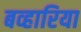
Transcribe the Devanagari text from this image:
बव्हारिया